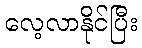
လေ့လာနိုင်ပြီး